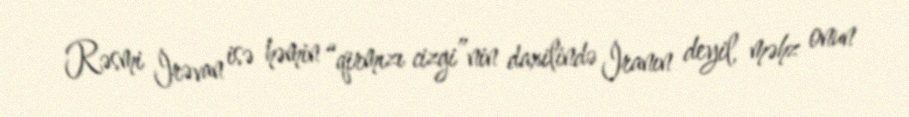
Rəsmi İrəvan isə həmin “qirmızı cizgi”nin daxilində İranın deyil, məhz onun